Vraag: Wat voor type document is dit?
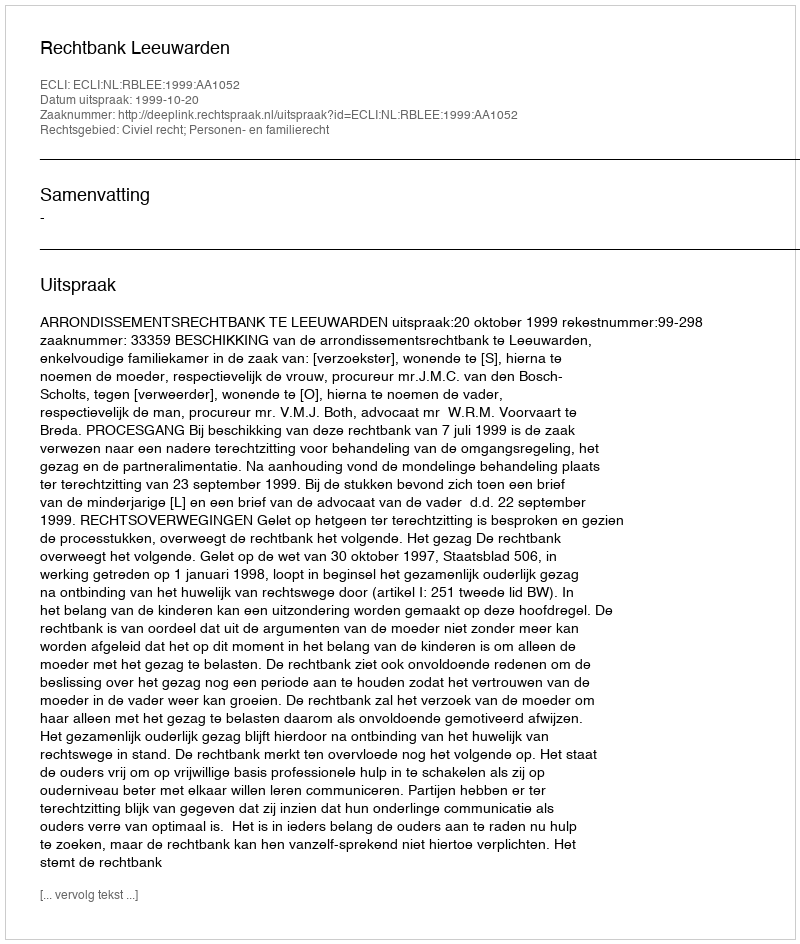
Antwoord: Uitspraak